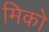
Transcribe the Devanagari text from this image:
मिको